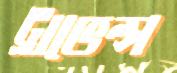
ট্রাভেল্স